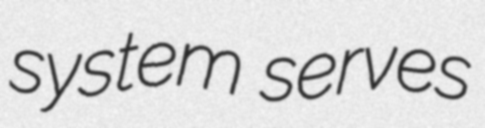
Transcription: system serves